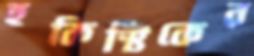
হকিস্টিকের